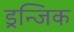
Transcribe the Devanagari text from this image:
ड्रन्जिक